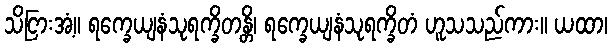
သိငြားအံ့။ ရက္ခေယျနံသုရက္ခိတန္တိ၊ ရက္ခေယျနံသုရက္ခိတံ ဟူသသည်ကား။ ယထာ၊